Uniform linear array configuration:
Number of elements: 48
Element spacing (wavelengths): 0.75
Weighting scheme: hann
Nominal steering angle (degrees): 0
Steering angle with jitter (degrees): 1.854
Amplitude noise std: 0.05
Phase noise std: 0.05

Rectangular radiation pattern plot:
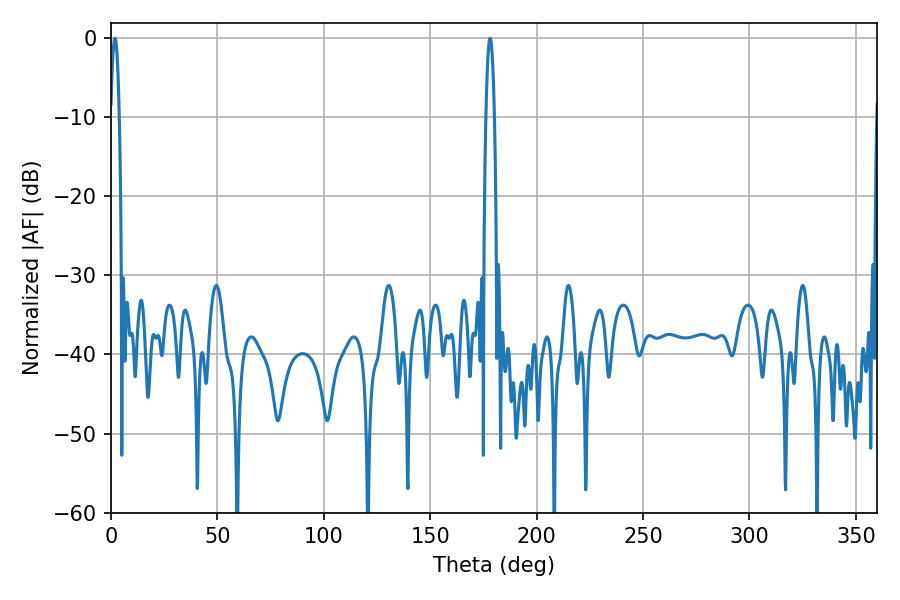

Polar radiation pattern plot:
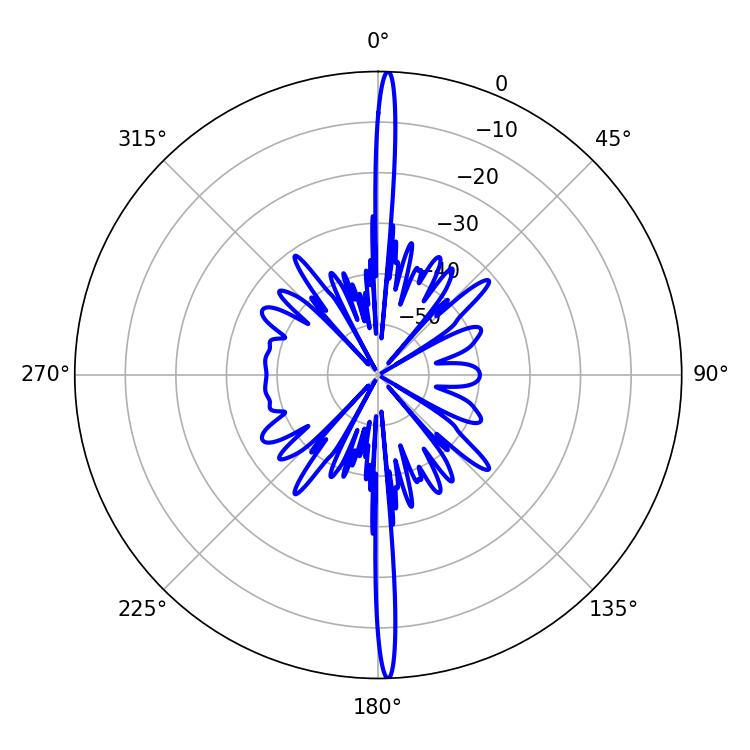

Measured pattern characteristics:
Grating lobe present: TRUE
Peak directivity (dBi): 28.778
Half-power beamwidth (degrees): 2.16
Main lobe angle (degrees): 1.8